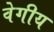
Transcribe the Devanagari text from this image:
वेगीय